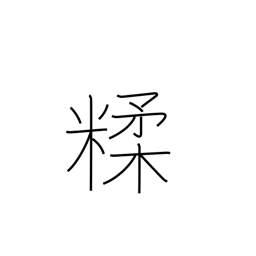
Meaning: mix